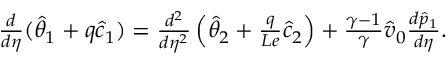
\begin{array} { r } { \frac { d } { d \eta } ( \hat { \theta } _ { 1 } + q \hat { c } _ { 1 } ) = \frac { d ^ { 2 } } { d \eta ^ { 2 } } \left( \hat { \theta } _ { 2 } + \frac { q } { L e } \hat { c } _ { 2 } \right) + \frac { \gamma - 1 } { \gamma } \hat { v } _ { 0 } \frac { d \hat { p } _ { 1 } } { d \eta } . } \end{array}